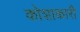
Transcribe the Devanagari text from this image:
कोशाकारी